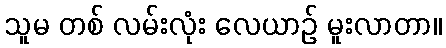
သူမ တစ် လမ်းလုံး လေယာဉ် မူးလာတာ။